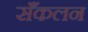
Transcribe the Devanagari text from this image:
सँकलन